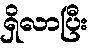
ရှိလာပြီး